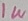
Text: 1W